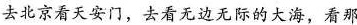
去北京看天安门，去看无边无际的大海，看那